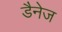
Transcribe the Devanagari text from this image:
डैनेज